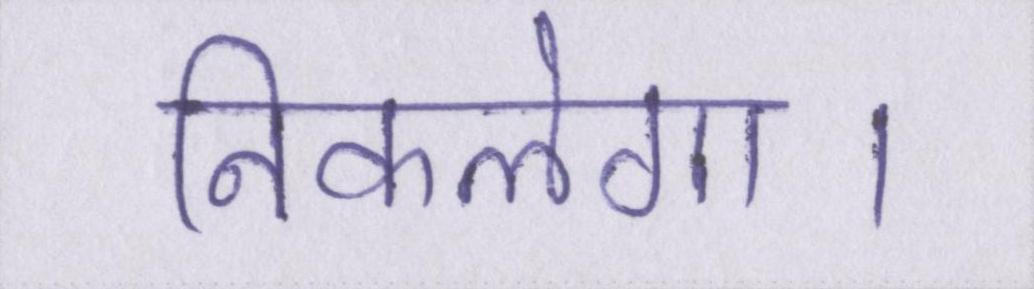
निकलेगा।